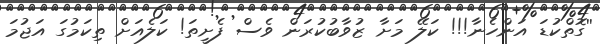
''ގޮތްކުޑަ އަންހެނާ!!! ކަލޭ މަށާ ޒުވާބުކުރަން ވެސް ފެށީތަ! ކަލެއަށް ތިކަމުގަ އަޖުމަ